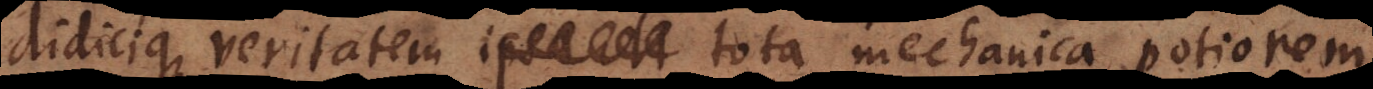
didicique veritatem tota mechanica potiorem,